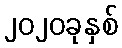
၂၀၂၀ခုနှစ်